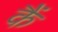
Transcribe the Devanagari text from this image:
कैं